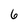
Character: 6